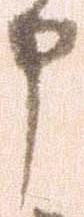
申